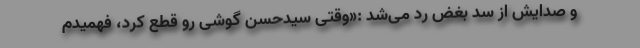
و صدایش از سدّ بغض رد می‌شد :«وقتی سیدحسن گوشی رو قطع کرد، فهمیدم